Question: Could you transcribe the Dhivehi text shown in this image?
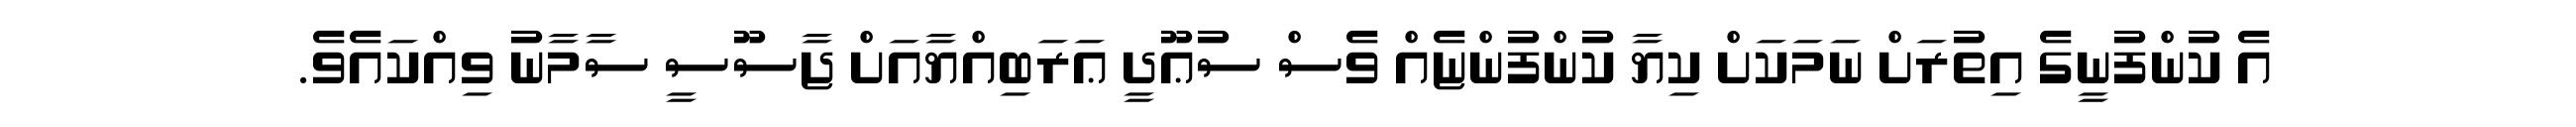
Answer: އެ ކުންފުނީގެ އިތުރަށް ނަމަކަށް ކިޔާ ކުންފުންޏެއް ވެސް ސުޢޫދީ ޢަރަބިއްޔާއަށް ޖާސޫސީ ސާމާނު ވިއްކައެވެ.